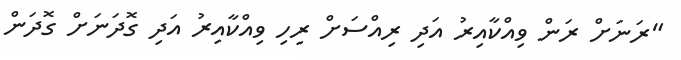
"ރަނަށް ރަން ވިއްކާއިރު އަދި ރިއްސަށް ރިހި ވިއްކާއިރު އަދި ގޮދަނަށް ގޮދަން